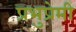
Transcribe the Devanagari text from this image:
प्रभुप्रेमी